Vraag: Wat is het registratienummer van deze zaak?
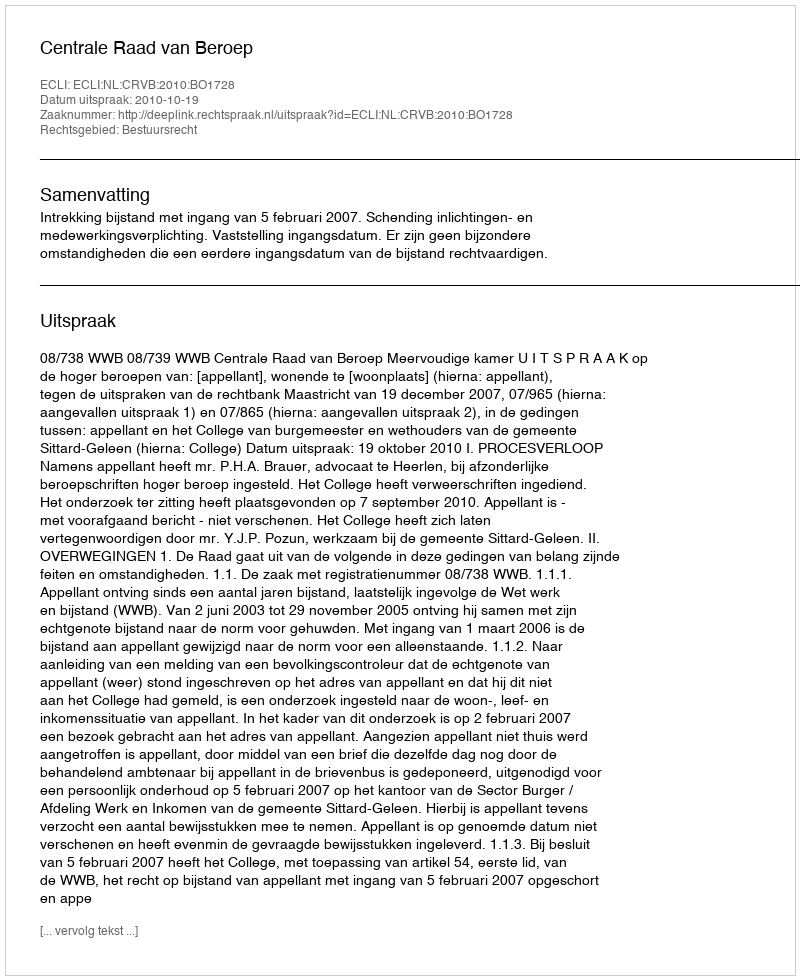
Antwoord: http://deeplink.rechtspraak.nl/uitspraak?id=ECLI:NL:CRVB:2010:BO1728